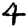
Digit: 4